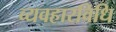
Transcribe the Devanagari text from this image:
व्यवहारविधि